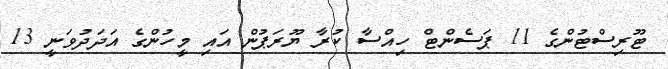
ޓޫރިސްޓުންގެ 11 ޕަސެންޓް ހިއްސާ ކުރާ ޔޫރަޕުން އައި މީހުންގެ އަދަދުވަނީ 13